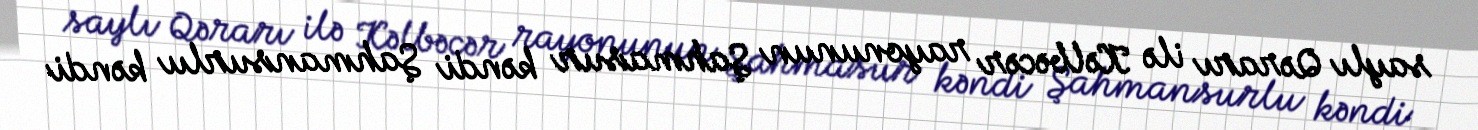
saylı Qərarı ilə Kəlbəcər rayonunun Şahmasur kəndi Şahmansurlu kəndi